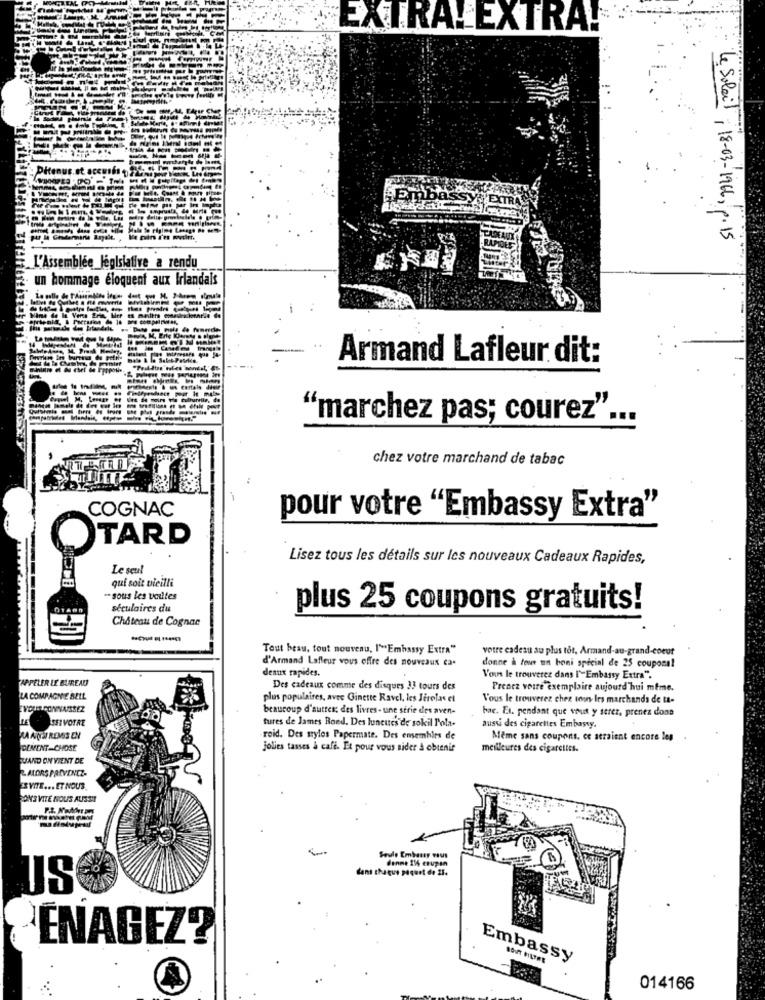
EXTRALEXTRA!
Ditenus.st. accusés
Embassy
Le Soleil , 18-03-1966, p. 15
L'Assemblée Jegisiafive a rendu
un hommage éloquent aux Irlandais
Armand Lafleur dit:
"marchez pas; courez"
chez votre marchand de tabac
COGNAC
pour votre "Embassy Extra"
TARD
Lisez tous les détails sur les nouveaux Cadeaux Rapides,
Le seul
qui soit vieilli
-sous les voiles
séculaires du
plus 25 coupons gratuits!
Château de Cognac
Tout beau, tout nouveau, 1"Embassy Extra"
votre cadesu au plus tot, Armand-au-grand-coeur
d'Armand Lafleur vous offre des nouveaux ca-
denux rapides.
donne à tous un boni special de 25 couponal
APPELER LE BUREAU
Vous le trouverez dans l'-Embassy Extra".
Des cadeaux comme des disques 33 tours des
Prenez votre exemplaire aujourd'hui même.
LA COMPAGNIE SELL
plus populaires, avec Ginette Ravel, les Jirolas et
Vous le trouverez chez tous les marchands de ta-
VOIR CONNAISSEZ
beascoup d'autres: des livres - une série des aven-
hac. Et. pendant que vous y serez, prenez done
SEIVOTRE
tures de James Bond. Des luneues de sokil l'ola.
aussi des cigarettes Embassy
RAANSI RENSS EN
roid. Des sylos Papermate. Des ensembles de
Meme sans coupons, ce seraient encore les
DEMENT-CHOSE
jolies tasses & cafe. Et pour vous aider à obtenir
meilleures des cigarettes.
SUAND ON VIENT DE
ALORS PACVENEZ.
EVITE ... ET NOUS
RON'S VITE NOUS AUSSI!
Seule Embassy wus
denme 114 coupon
dans chaque piquet de 21.
US
ÉNAGEZ?
Embassy
014166